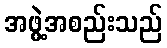
အဖွဲ့အစည်းသည်